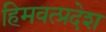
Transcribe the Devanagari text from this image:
हिमवत्प्रदेश